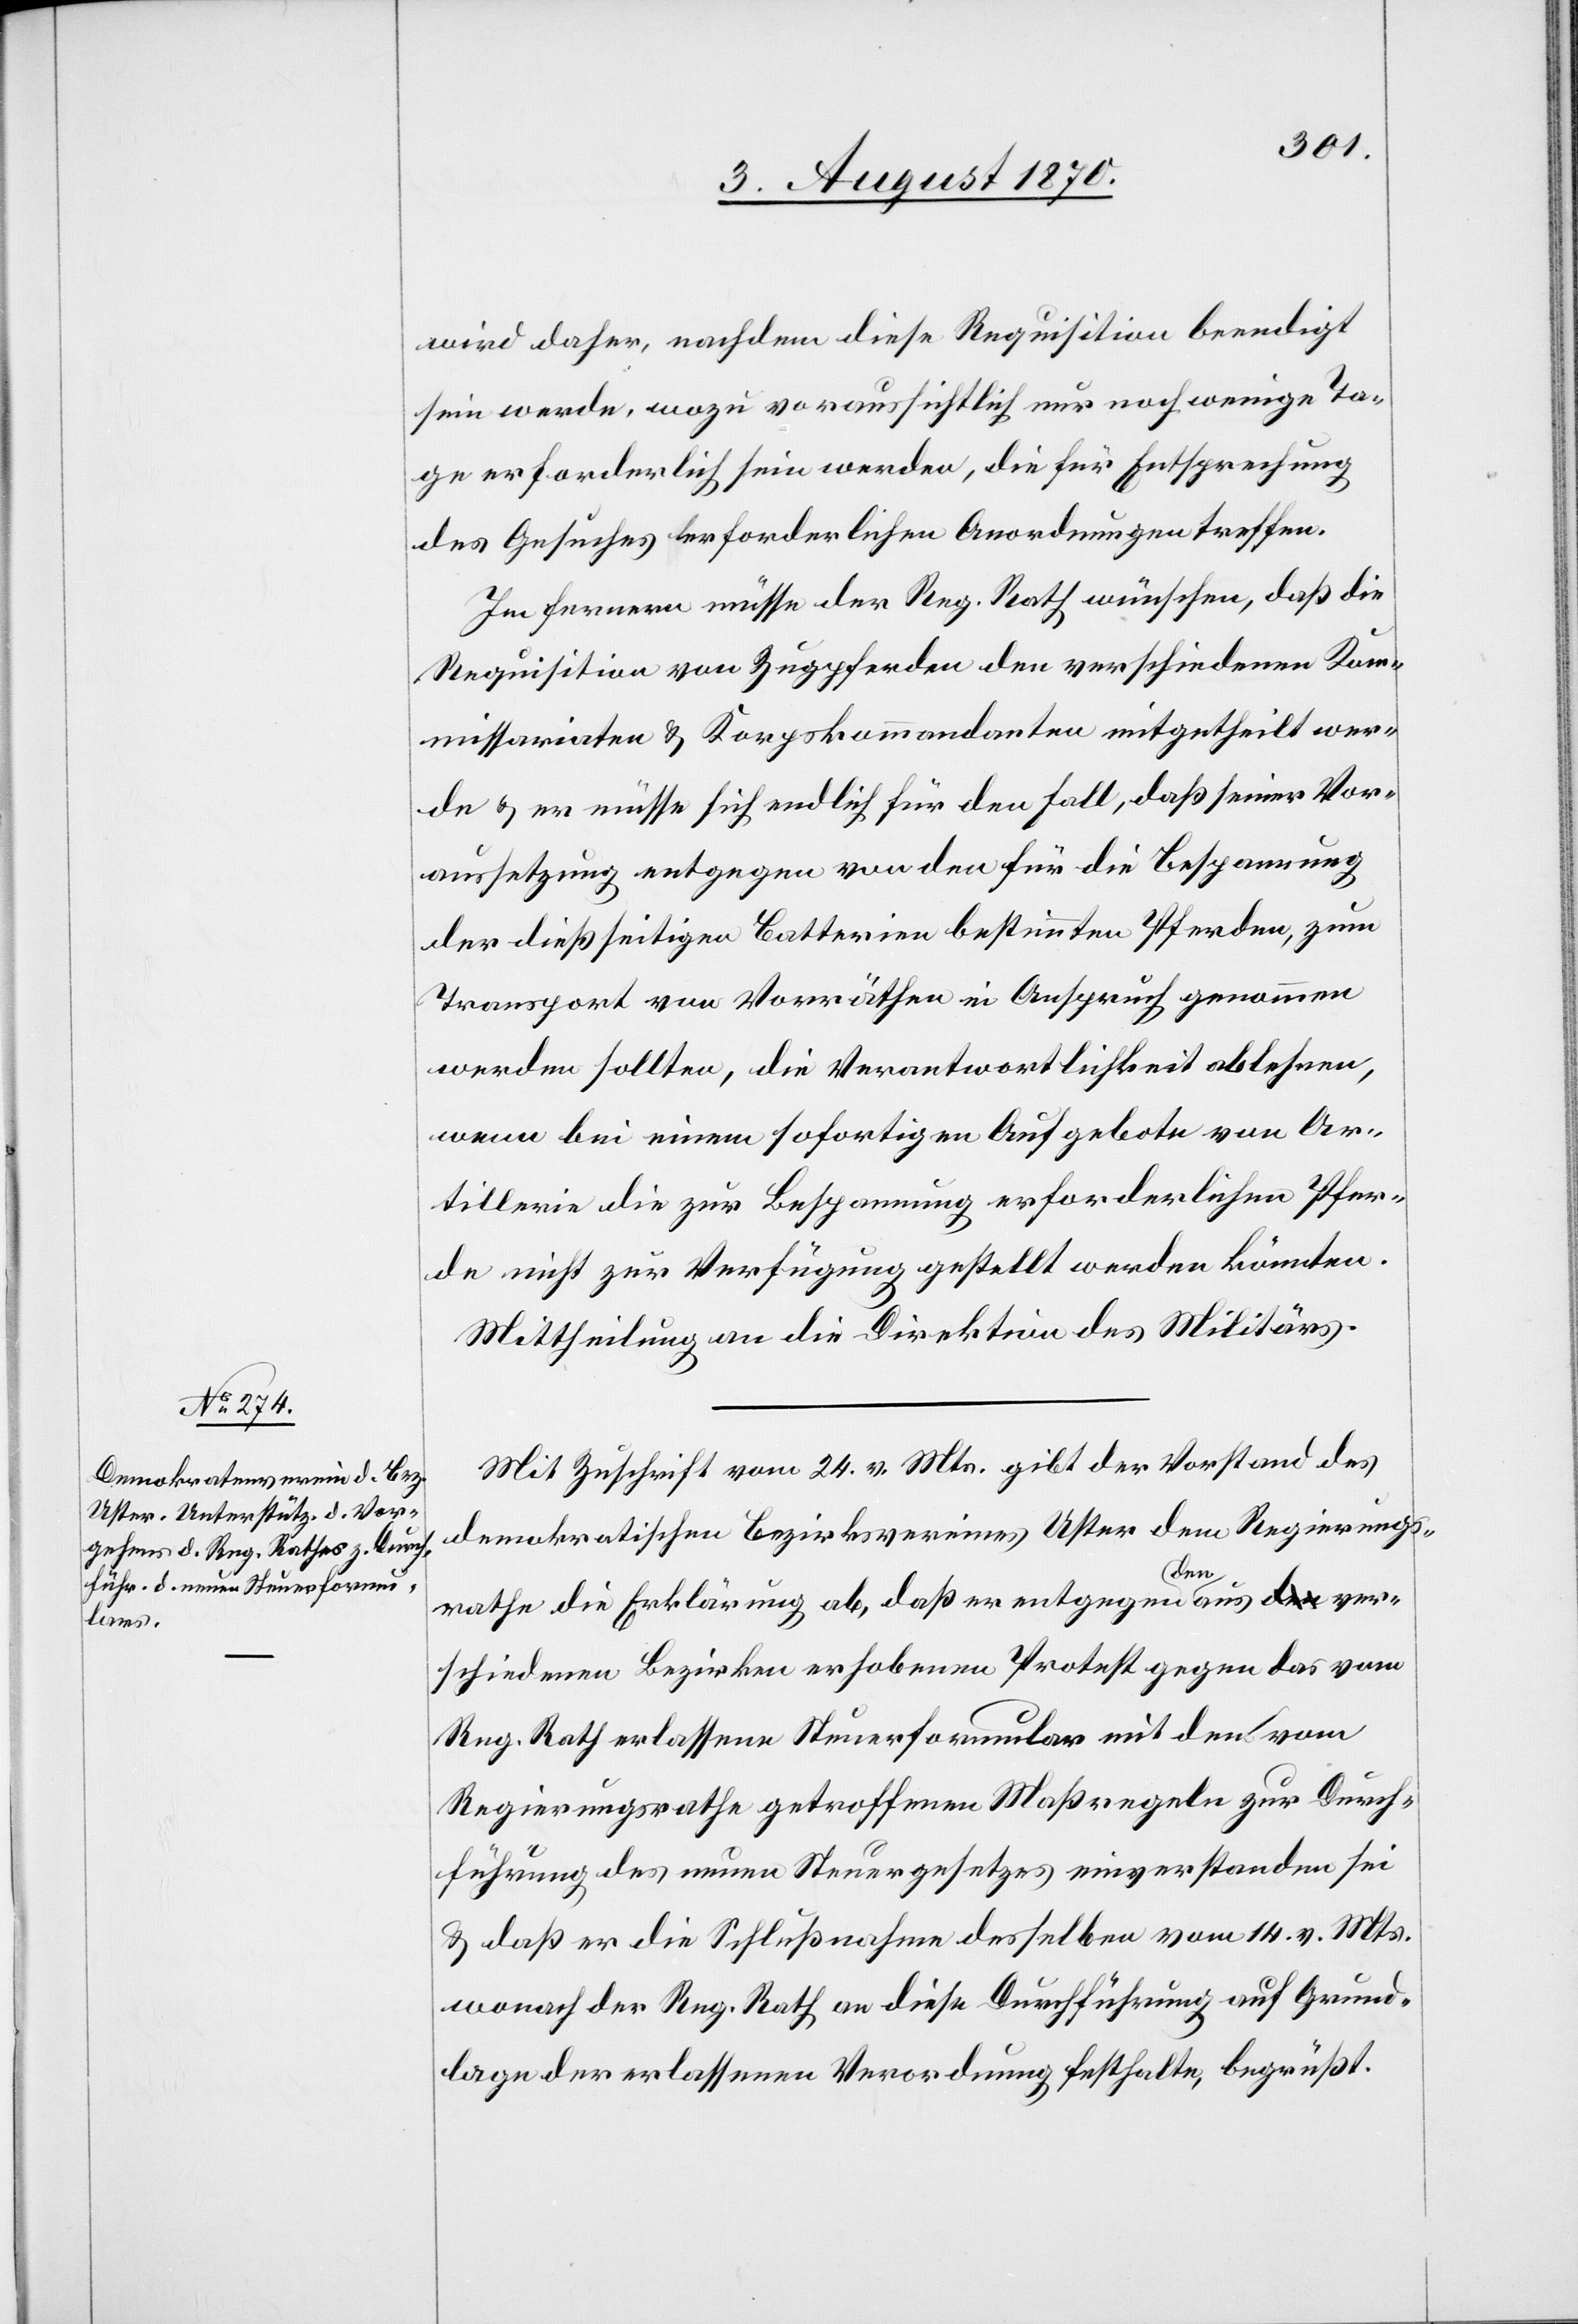
wird daher, nachdem diese Requisition beendigt
sein werde, wozu voraussichtlich nur noch wenige Ta¬
ge erforderlich sein werden, die für Entsprechung
des Gesuches erforderlichen Anordnungen treffen.
Im Fernern müsse der Reg. Rath wünschen, daß die
Requisition von Zugpferden den verschiedenen Kom¬
missariaten & Korpskommandanten mitgetheilt wer¬
de & er müsse sich endlich für den Fall, daß seiner Vor¬
aussetzung entgegen von den für die Bespannung
der dießseitigen Batterien bestimmten Pferden, zum
Transport von Vorräthen in Anspruch genommen
werden sollten, die Verantwortlichkeit ablehnen,
wenn bei einem sofortigen Aufgebote von Ar¬
tillerie die zur Bespannung erforderlichen Pfer¬
de nicht zur Verfügung gestellt werden könnten.
Mittheilung an die Direktion des Militärs.
Mit Zuschrift vom 24. v. Mts. gibt der Vorstand des
demokratischen Bezirksvereines Uster dem Regierungs¬
rathe die Erklärung ab, daß er entgegen a-den-a aus a-den-a ver¬
schiedenen Bezirken erhobenen Protest gegen das vom
Reg. Rath erlassene Steuerformular mit den vom
Regierungsrathe getroffenen Maßregeln zur Durch¬
führung des neuen Steuergesetzes einverstanden sei
& daß er die Schlußnahme desselben vom 14. v. Mts.
wonach der Reg. Rath an diese[r] Durchführung auf Grund¬
lage der erlassenen Verordnung festhalte, begrüßt.